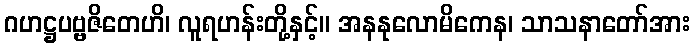
ဂဟဋ္ဌပဗ္ဗဇိတေဟိ၊ လူရဟန်းတို့နှင့်။ အနနုလောမိကေန၊ သာသနာတော်အား